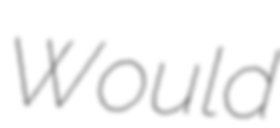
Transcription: Would